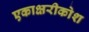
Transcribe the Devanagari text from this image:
एकाक्षरीकोश